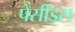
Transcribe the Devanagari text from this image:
पेर्सीड्स